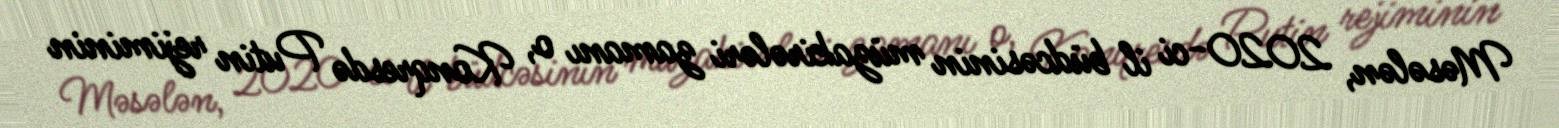
Məsələn, 2020-ci il büdcəsinin müzakirələri zamanı o, Konqresdə Putin rejiminin